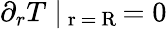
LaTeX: \partial_{r}T\mid_{\mathrm{~r~=~R~}}=0